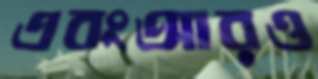
এবংআরও